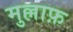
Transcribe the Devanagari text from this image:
मुल्लाफ़